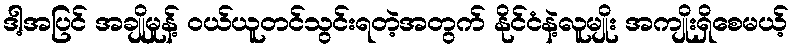
ဒါ့အပြင် အချိုမှုန့် ဝယ်ယူတင်သွင်းရတဲ့အတွက် နိုင်ငံနဲ့လူမျိုး အကျိုးရှိစေမယ့်